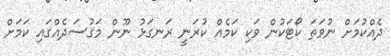
ދެއްކުމަށް ނުވަތަ ކޯޓަކުން ވަކި ކަމެއް ކުރަނީ ރަނގަޅު ނޫން މަގުސަދެއްގައި ކަމަށް